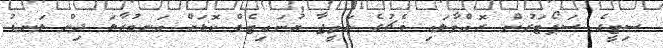
ސިޓީގެ ސަޕޯޓަރުން ރޮއްވާލައި މެޗުގެ ނަތީޖާ ޔުނައިޓެޑް ކޮޅަށް އަނބުރާލަ ދިން ލަނޑު